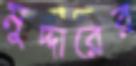
মুদ্দারের